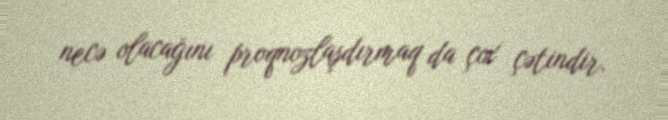
necə olacağını proqnozlaşdırmaq da çox çətindir.